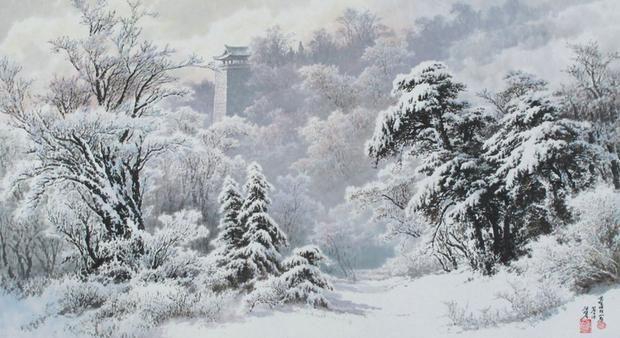
明月照积雪，朔风劲且哀。